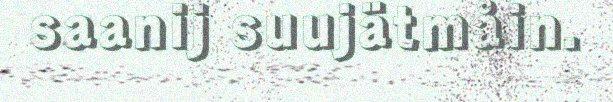
saanij suujätmåin.